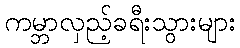
ကမ္ဘာလှည့်ခရီးသွားများ